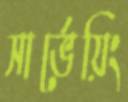
সার্ভেয়িং